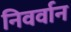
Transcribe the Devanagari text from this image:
निवर्वान